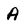
Character: A